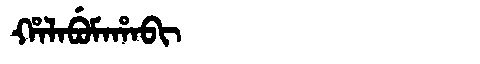
Manchu: ᡥᠠᠯᠠᠪᡠᠮᠠᡥᠠᠪᡳ
Romanization: HALABUMAHABI